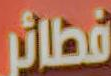
فطائر